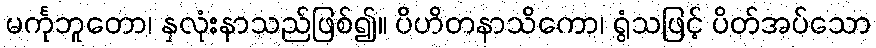
မင်္ကုဘူတော၊ နှလုံးနာသည်ဖြစ်၍။ ပိဟိတနာသိကော၊ ရွံသဖြင့် ပိတ်အပ်သော